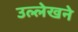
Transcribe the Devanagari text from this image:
उल्लेखने